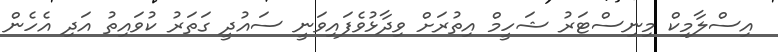
އިސްލާމިކް މިނިސްޓަރު ޝަހީމް އިތުރަށް ވިދާޅުވެފައިވަނީ ސައުދީ ގަތަރު ކުވައިތު އަދި އެހެން